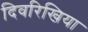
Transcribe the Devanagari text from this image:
दिवरिखिया